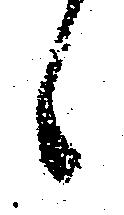
候